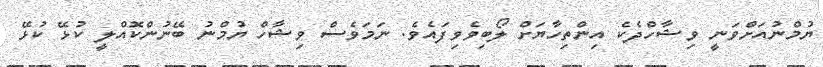
ޔުމްނުއަށްވަނީ ވިޝާހްދެކެ އިންތިހާޔަށް ލޯބިވެވިފައެވެ. ނަމަވެސް ވިޝާހް ޔުމްނު ބޭނުންކޮއްލީ ކުޅޭ ކުޅޭ